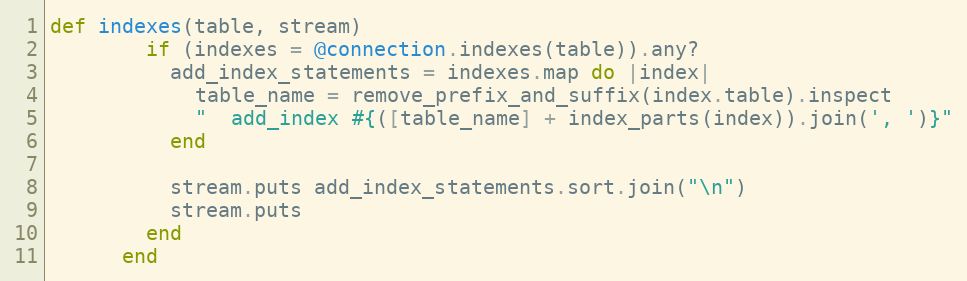
Language: Ruby
def indexes(table, stream)
        if (indexes = @connection.indexes(table)).any?
          add_index_statements = indexes.map do |index|
            table_name = remove_prefix_and_suffix(index.table).inspect
            "  add_index #{([table_name] + index_parts(index)).join(', ')}"
          end

          stream.puts add_index_statements.sort.join("\n")
          stream.puts
        end
      end